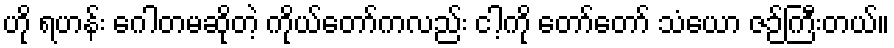
ဟို ရဟန်း ဂေါတမဆိုတဲ့ ကိုယ်တော်ကလည်း ငါ့ကို တော်တော် သံယော ဇဉ်ကြီးတယ်။